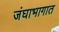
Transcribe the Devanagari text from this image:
जंघाभागात